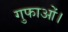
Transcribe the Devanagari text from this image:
गुफाओं।